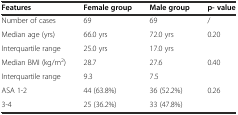
<table><thead><tr><td><b>Features</b></td><td><b>Female group</b></td><td><b>Male group</b></td><td><b>p- value</b></td></tr></thead><tbody><tr><td>Number of cases</td><td>69</td><td>69</td><td>/</td></tr><tr><td>Median age (yrs)</td><td>66.0 yrs</td><td>72.0 yrs</td><td rowspan="2">0.20</td></tr><tr><td>Interquartile range</td><td>25.0 yrs</td><td>17.0 yrs</td></tr><tr><td>Median BMI (kg/m<sup>2</sup>)</td><td>28.7</td><td>27.6</td><td rowspan="2">0.40</td></tr><tr><td>Interquartile range</td><td>9.3</td><td>7.5</td></tr><tr><td>ASA 1-2</td><td>44 (63.8%)</td><td>36 (52.2%)</td><td rowspan="2">0.26</td></tr><tr><td>3-4</td><td>25 (36.2%)</td><td>33 (47.8%)</td></tr></tbody></table>